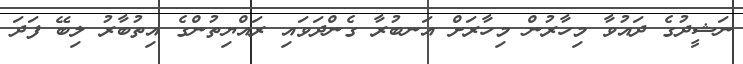
ނަޝީދުގެ ދައުވާ މިހާރުން މިހާރަށް އަނބުރާ ގެންދަވައި ރައްޔިތުންގެ އިތުބާރު ލިބޭ ފަދަ